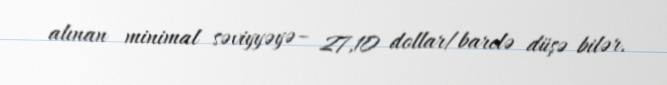
alınan minimal səviyyəyə– 27,10 dollar/barelə düşə bilər.